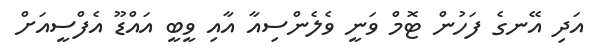
އަދި އޭނގެ ފަހުން ޓޮމް ވަނީ ވެލެންސިއާ އާއި ވީބީ އައްޑޫ އެފްސީއަށް